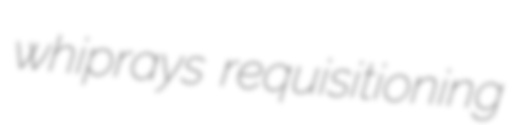
whiprays requisitioning